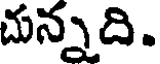
చున్నది.